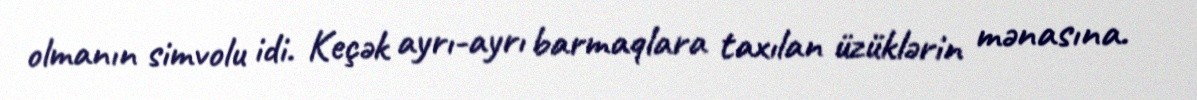
olmanın simvolu idi. Keçək ayrı-ayrı barmaqlara taxılan üzüklərin mənasına.